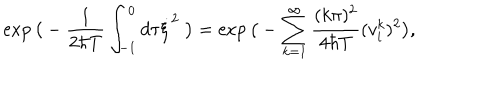
\exp \big ( - \frac { 1 } { 2 \hbar T } \int _ { - 1 } ^ { 0 } d \tau \dot { \xi } ^ { 2 } \; \big ) = \exp \big ( - \sum _ { k = 1 } ^ { \infty } \frac { ( k \pi ) ^ { 2 } } { 4 \hbar T } ( v _ { i } ^ { k } ) ^ { 2 } \big ) ,